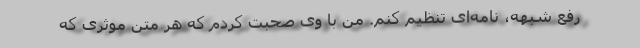
رفع شبهه، نامه‌ای تنظیم کنم. من با وی صحبت کردم که هر متن موثری که